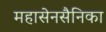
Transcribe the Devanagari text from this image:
महासेनसैनिका